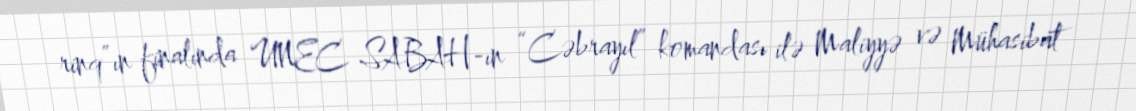
rinq”ın finalında UNEC SABAH-ın “Cəbrayıl” komandası ilə Maliyyə və Mühasibat